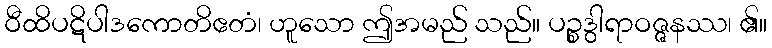
ဝီထိပဋိပါဒကောတိဧတံ၊ ဟူသော ဤအမည် သည်။ ပဉ္စဒွါရာဝဇ္ဇနဿ၊ ၏။